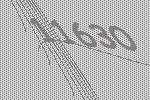
11630